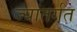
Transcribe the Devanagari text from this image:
ज्यांतर्गत